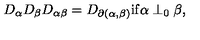
D _ { \alpha } D _ { \beta } D _ { \alpha \beta } = D _ { \partial ( \alpha , \beta ) } \mathrm { i f } \alpha \perp _ { 0 } \beta ,